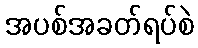
အပစ်အခတ်ရပ်စဲ